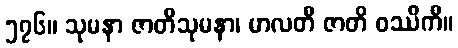
၅၇၆။ သုမနာ ဇာတိသုမနာ၊ မာလတီ ဇာတိ ဝဿိကီ။